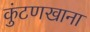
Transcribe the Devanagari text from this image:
कुंटणखाना